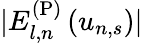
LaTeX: |E_{l,n}^{\mathrm{(P)}}\left(u_{n,s}\right)|